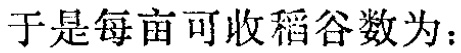
于是每亩可收稻谷数为：